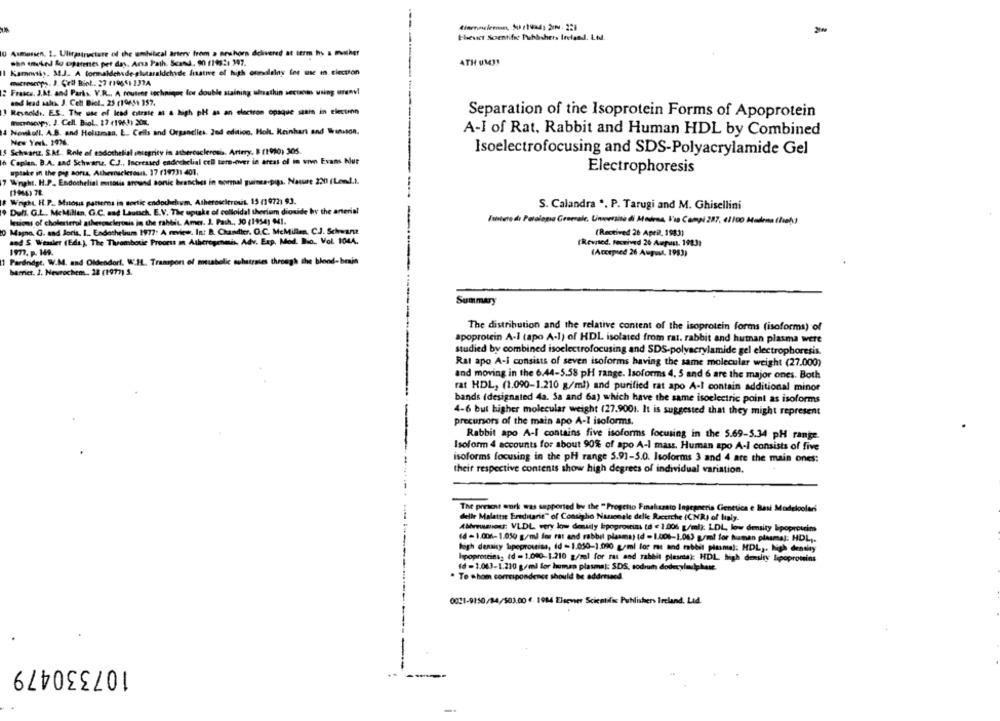
thevet Soentific Publishers Ireland. Ltd.
Asmussen. 1. Ulicestructure of the umbilical artery from a newhorn delivered at term hhs & mither
sho wnkedd lo opatentes per das, Ara Path. Scand, 90 (14:1 347.
ATH UM !!
Kammusks. M.J. A formaldehyde glutaraldchyde fiative of high ormalalny for use in clectton
matreseps. J. Ceif Bint .. 27 (1965) 137A
: Frasca, J.M. and Parks. V.R ., A routene technique for double staining uhrathin secuom using urenvi
and lead salts. J. Cell Biol .. 25 (19651 357.
! Resholdi. E.S. The use of lead citrate as a high pH as an electron opaque szain in electmn
Separation of the Isoprotein Forms of Apoprotein
Wuchscopy. J. Cell. Biol. 17 (19631 20m.
Nowkoll. A.B. and Helumaa. L ., Cells and Organelles, 2nd edition, Holt. Reinhart and Winston.
A-I of Rat, Rabbit and Human HDL by Combined
New York. 1976.
Schwarz. S.M. Role of esdochellal antegrity in atherosclerosis. Artery. B (1010) 305.
Isoelectrofocusing and SDS-Polyacrylamide Gel
Caplan. B.A. and Schwarw. C.J ., Increased endochelial cell turn-over in areas of in vivo Evans Nut
uptake in the pig sorsa, Atherosclerosis, 17 (19731 401.
Electrophoresis
7 Winght. H.P. Endothelial mutatis around sonic branches in normal quines.pita, Nature 230 (Lond.).
(1946) 78.
Wright H.P. Mutous patterns in sortic endochehum, Atheroscitront. 15 (1972) 93.
Dull. G.L .. McMillen, G.C. and Lautsch. E.V. The uptake of colloidal thorium dionide hy the arterial
S. Calandra ". P. Tarugi and M. Ghisellini
lesions of cholesterol atherosclerosis in the rabbit. Amer. J. Pash ., J0 (1954) 941.
Istate de Patologia Generale, Uncersità di Modena, V'ia Campi 287, 41100 Mudena (hab)
0 Magno. G. and Joris. I .. Endothelium 1977: A review. In: B. Chandier. O.C. MeMillen. C.J. Schwanz
(Rectived 26 April, 1983)
and S. Wessler (Eds.). The Thrombotic Process m Atherogemis, Adv. Exp. Mod. Bio ., Vol. 1044.
(Revised. received 26 Aupun, 1983)
1977. p. 149.
(Accepsed 26 August, 1983)
Pardridge. W.M. and Oldendorf. WIL. Transport of metabolic substrates through the blood-benin
barrier. 1. Nevrochem. 22 (1977) 5.
Summary
The distribution and the relative content of the isoprotein forms (isoforms) of
apoprotein A-I tapo A-1) of HDL isolated from rat. rabbit and human plasma were
studied by combined isoelectrofocusing and SDS-polyacrylamide gel electrophoresis.
Rat apo A-I consists of seven isoforms having the same molecular weight (27.000)
and moving in the 6.44-5.58 pH range. Isoforms 4, 5 and 6 are the major ones. Both
rat HDL, (1.090-1.210 g/ml) and purified rat apo A-I contain additional minor
bands (designated 4a. Sa and 6a) which have the same isoelectric point as isoforms
4-6 but higher molecular weight (27.9001. It is suggested that they might represent
precursors of the main apo A-1 isoforms.
Rabbit apo A-I contains five isoforms focusing in the 5.69-5.34 pH range.
Isoform 4 accounts for about 90% of apo A-I mass. Human apo A-I consists of five
isoforms focusing in the pH range 5.91-5.0. Isoforms 3 and 4 are the main ones:
their respective contents show high degrees of individual variation.
The present work was supported by the - Progetto Finalszato Ingegneria Genetica e Besi Modelcolari
delle Malattie Ereditarie" of Contigho Nazonale delle Ricerche (CNR) of lisiy.
Abrewwioss: VLDL very low demsily bpoprostin to < 1.006 g/ml): LDL, low density lipoproteins
(d - 1.006-1.050 g/ml for rat and rabbit plasma) (d - 1.006-1.063 g/ml for human plasmal: HDL ;.
high density lipoproteins, 4d - 1.050-1.090 g/ml los rat and rabbit plasmal: HDL ,. high density
lipoproteins? id = 1.000-1.210 g/sel for ras and rabbit plesmak HDL high density lipoproteins
fd = 1.063-1.210 g/ml for human plasmal: SDS, sodium dodecyladphase.
. To whom correspondence should be addressed.
0021-9150/84/503.00 4. 1984 Elsevier Scientific Publishers Ireland. Ltd.
-
107330479